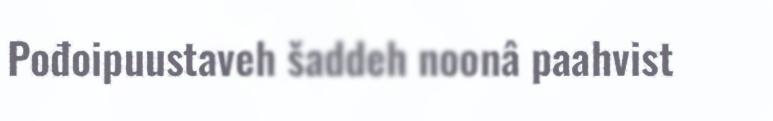
Pođoipuustaveh šaddeh noonâ paahvist